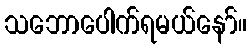
သဘောပေါက်ရမယ်နော်။